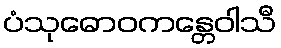
ပံသုဓောဝကန္တေဝါသီ